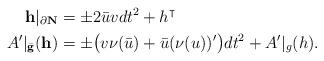
LaTeX: \begin{align*}{\bf h} |_{\partial \bf N} &= \pm 2 \bar u v dt^2 + h^\intercal\\A'|_{\bar {\bf g}} (\bf h)&= \pm \big( v \nu (\bar u) + \bar u (\nu(u))' \big) dt^2 + A'|_g(h).\end{align*}